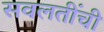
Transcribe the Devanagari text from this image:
सवलतींची